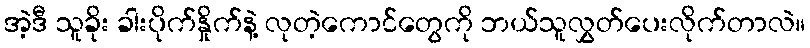
အဲ့ဒီ သူခိုး ခါးပိုက်နှိုက်နဲ့ လုတဲ့ကောင်တွေကို ဘယ်သူလွှတ်ပေးလိုက်တာလဲ။